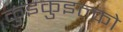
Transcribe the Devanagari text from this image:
कुइकुइल्को